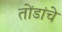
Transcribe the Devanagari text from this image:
तोंडांचे